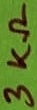
Text: 3KΩ